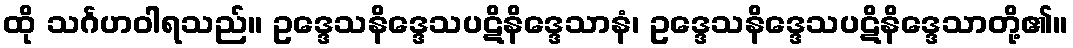
ထို သင်္ဂဟဝါရသည်။ ဥဒ္ဒေသနိဒ္ဒေသပဋိနိဒ္ဒေသာနံ၊ ဥဒ္ဒေသနိဒ္ဒေသပဋိနိဒ္ဒေသာတို့၏။